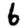
Digit: 6